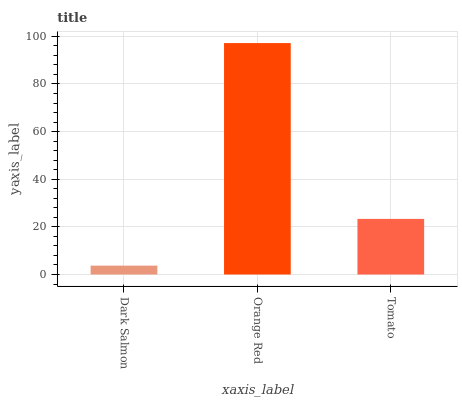
| xaxis_label | bars |
 | --- | --- |
 | Dark Salmon | 3.72 |
 | Orange Red | 97.2 |
 | Tomato | 23.3 |